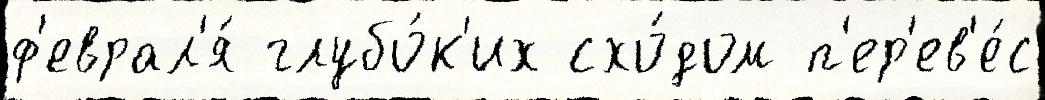
ф'еврал'я́ глубо́к'их схо́дом п'ер'ев'е́с